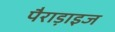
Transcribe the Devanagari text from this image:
पैराड़ाइज